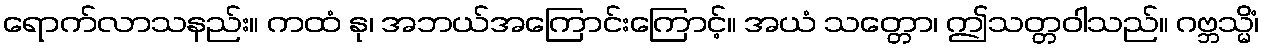
ရောက်လာသနည်း။ ကထံ နု၊ အဘယ်အကြောင်းကြောင့်။ အယံ သတ္တော၊ ဤသတ္တဝါသည်။ ဂဗ္ဘသ္မိံ၊